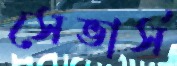
সেভার্স